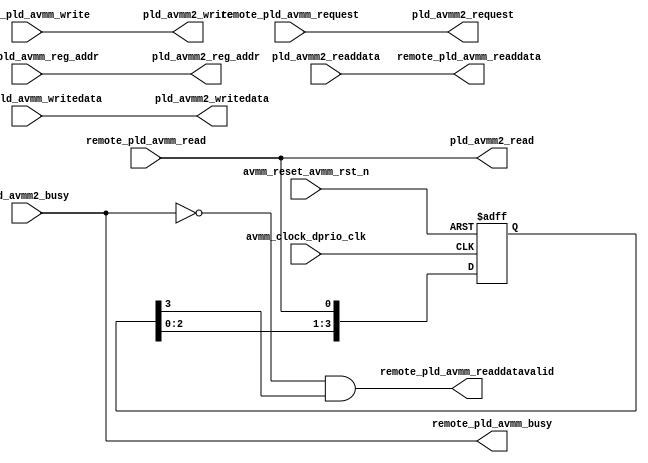
// SPDX-License-Identifier: Apache-2.0
// Copyright (C) 2019 Intel Corporation. All rights reserved
module c3aibadapt_avmm2_config
(
input   wire            avmm_clock_dprio_clk, 
input   wire            avmm_reset_avmm_rst_n,

// From AVMM Transfer 
input   wire            remote_pld_avmm_read,
input   wire    [8:0]   remote_pld_avmm_reg_addr,	
input   wire            remote_pld_avmm_request,
input   wire            remote_pld_avmm_write,
input   wire    [7:0]   remote_pld_avmm_writedata,	

// From NF HSSI
input   wire            pld_avmm2_busy,	
input   wire    [7:0]   pld_avmm2_readdata,

// To AVMM Transfer
output  wire            remote_pld_avmm_busy,
output  wire    [7:0]   remote_pld_avmm_readdata,	
output  wire            remote_pld_avmm_readdatavalid,

// To NF HSSI
output  wire            pld_avmm2_read,	
output  wire    [8:0]   pld_avmm2_reg_addr,	
output  wire            pld_avmm2_request,
output  wire            pld_avmm2_write,
output  wire    [7:0]   pld_avmm2_writedata
);

reg [3:0] avmm2_readdatavalid_int;

// To/From NF HSSI 
assign pld_avmm2_read     = remote_pld_avmm_read;
assign pld_avmm2_reg_addr = remote_pld_avmm_reg_addr;
assign pld_avmm2_request  = remote_pld_avmm_request;
assign pld_avmm2_write    = remote_pld_avmm_write;
assign pld_avmm2_writedata= remote_pld_avmm_writedata;

assign remote_pld_avmm_busy     = pld_avmm2_busy;

// generate readdatavalid based on received read
always @(negedge avmm_reset_avmm_rst_n or posedge avmm_clock_dprio_clk)
  if (avmm_reset_avmm_rst_n == 1'b0)
    begin
      avmm2_readdatavalid_int <= 4'b0000;
    end
  else
    begin
      avmm2_readdatavalid_int <= {avmm2_readdatavalid_int[2:0],remote_pld_avmm_read};
    end


assign remote_pld_avmm_readdatavalid = !remote_pld_avmm_busy && avmm2_readdatavalid_int[3];
assign remote_pld_avmm_readdata      = pld_avmm2_readdata;
 
endmodule